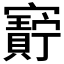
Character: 𫴝